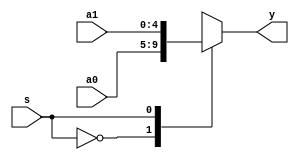
`timescale 1ns / 1ps
//////////////////////////////////////////////////////////////////////////////////
// Company: 
// Engineer: 
// 
// Design Name: 
// Module Name:    mux5_2_1 
// Project Name: 
// Target Devices: 
// Tool versions: 
// Description: 
//
// Dependencies: 
//
// Revision: 
// Revision 0.01 - File Created
// Additional Comments: 
//
//////////////////////////////////////////////////////////////////////////////////
module mux5_2_1(a0,a1,s,y
    );
	 input [4:0] a0,a1;
	 input s;
	 output [4:0] y;
	 
	 reg [4:0] y;
	 always @ (*)
		begin
			case(s)
				1'b0: y=a0;
				1'b1: y=a1;
				default: y=1'bx; 
			endcase
		end
endmodule